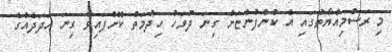
މި ރަސްމިއްޔާތުގައި އެ ކުންފުންޏަށް ގިނަ ދުވަހު ހިދުމަތް ކޮށްފައިވާ ގިނަ އަދަދެއްގެ